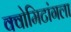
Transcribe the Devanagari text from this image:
क्वोमिटांगला